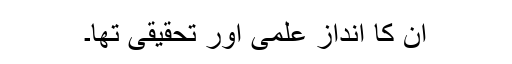
ان کا انداز علمی اور تحقیقی تھا۔